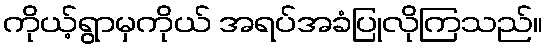
ကိုယ့်ရွာမှကိုယ် အရပ်အခံပြုလိုကြသည်။